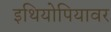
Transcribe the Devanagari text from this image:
इथियोपियावर